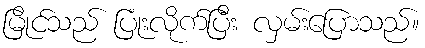
မြိုင်သည် ပြုံးလိုက်ပြီး လှမ်းပြောသည်။